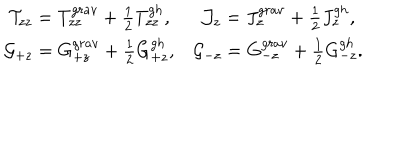
\begin{matrix} { { { \cal T } _ { z z } = T _ { z z } ^ { g r a v } + { \frac { 1 } { 2 } } T _ { z z } ^ { g h } , } } & { { { \cal J } _ { z } = J _ { z } ^ { g r a v } + { \frac { 1 } { 2 } } J _ { z } ^ { g h } , } } \\ { { { \cal G } _ { + z } = { G } _ { + z } ^ { g r a v } + { \frac { 1 } { 2 } } { G } _ { + z } ^ { g h } , } } & { { { \cal G } _ { - z } = G _ { - z } ^ { g r a v } + { \frac { 1 } { 2 } } G _ { - z } ^ { g h } . } } \\ \end{matrix}